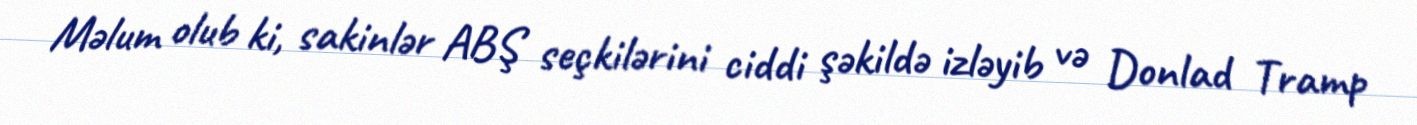
Məlum olub ki, sakinlər ABŞ seçkilərini ciddi şəkildə izləyib və Donlad Tramp